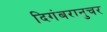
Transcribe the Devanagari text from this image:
दिगंबरानुचर